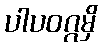
ပါပဝဂ္ဂမှိ